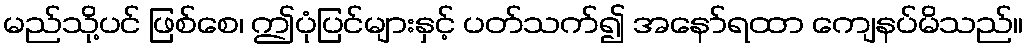
မည်သို့ပင် ဖြစ်စေ၊ ဤပုံပြင်များနှင့် ပတ်သက်၍ အနော်ရထာ ကျေနပ်မိသည်။